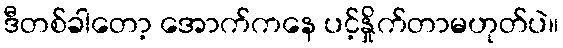
ဒီတစ်ခါတော့ အောက်ကနေ ပင့်နှိုက်တာမဟုတ်ပဲ။